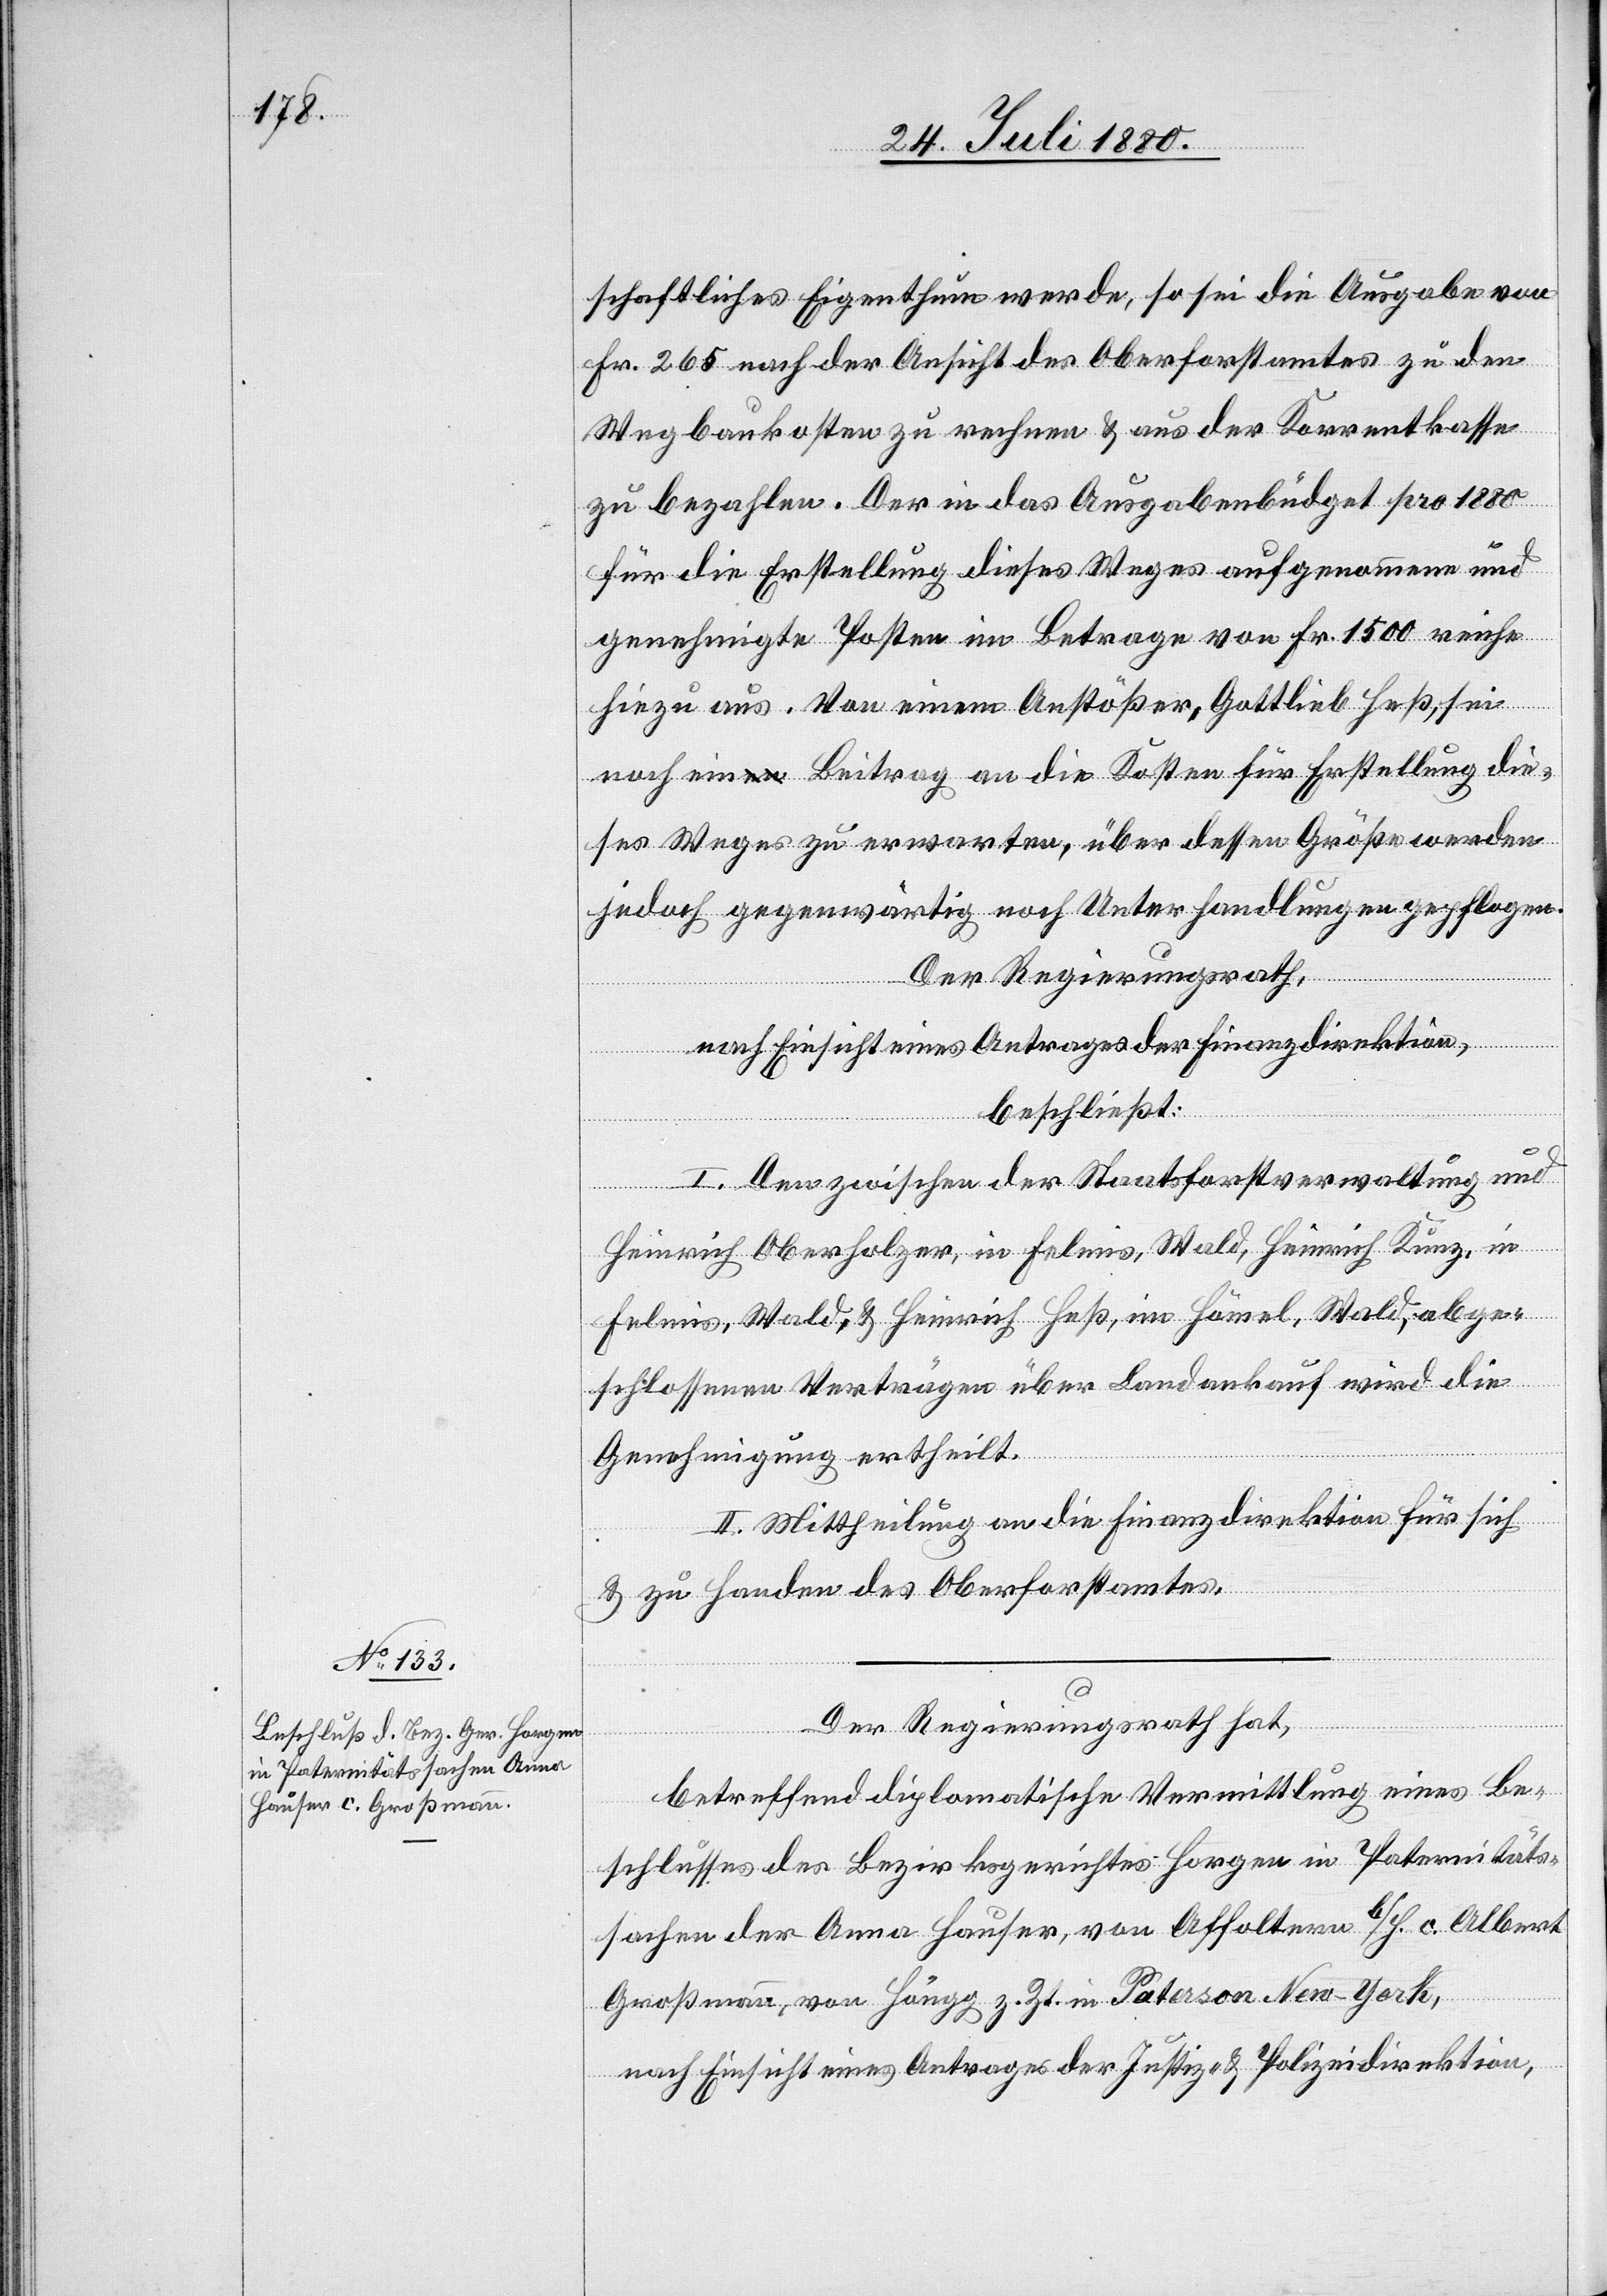
schaftliches Eigenthum werde, so sei die Ausgabe von
Fr. 265 nach der Ansicht des Oberforstamtes zu den
Wegbaukosten zu rechnen & aus der Korrentkasse
zu bezahlen. Der in das Ausgabenbudget pro 1880
für die Erstellung dieses Weges aufgenommen und
genehmigte Posten im Betrage von Fr. 1500 reiche
hiezu aus. Von einem Anstößer, Gottlieb Heß, sei
noch ein Beitrag an die Kosten für Erstellung die¬
ses Weges zu erwarten, über dessen Größe werden
jedoch gegenwärtig noch Unterhandlungen gepflogen.
Der Regierungsrath,
nach Einsicht eines Antrages der Finanzdirektion,
beschließt:
I. Den zwischen der Staatsforstverwaltung und
Heinrich Oberholzer, in Felmis, Wald, Heinrich Kunz, in
Felmis, Wald, & Heinrich Heß, im Hömel, Wald, abge¬
schlossenen Verträge über Landankauf wird die
Genehmigung ertheilt.
II. Mittheilung an die Finanzdirektion für sich
& zu Handen des Oberforstamtes.
Der Regierungsrath hat,
betreffend diplomatischer Vermittlung eines Be¬
schlusses des Bezirksgerichtes Horgen in Paternitäts¬
sachen Anna Hauser, von Affoltern b/H. c. Albert
Großmann, von Höngg z. Zt. in Patason New-York,
nach Einsicht eines Antrages der Justiz- & Polizeidirektion,